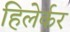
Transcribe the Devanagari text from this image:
हिलेर्कर